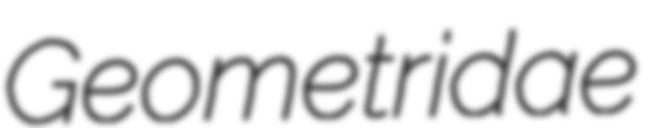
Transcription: Geometridae